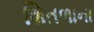
શિતળાના